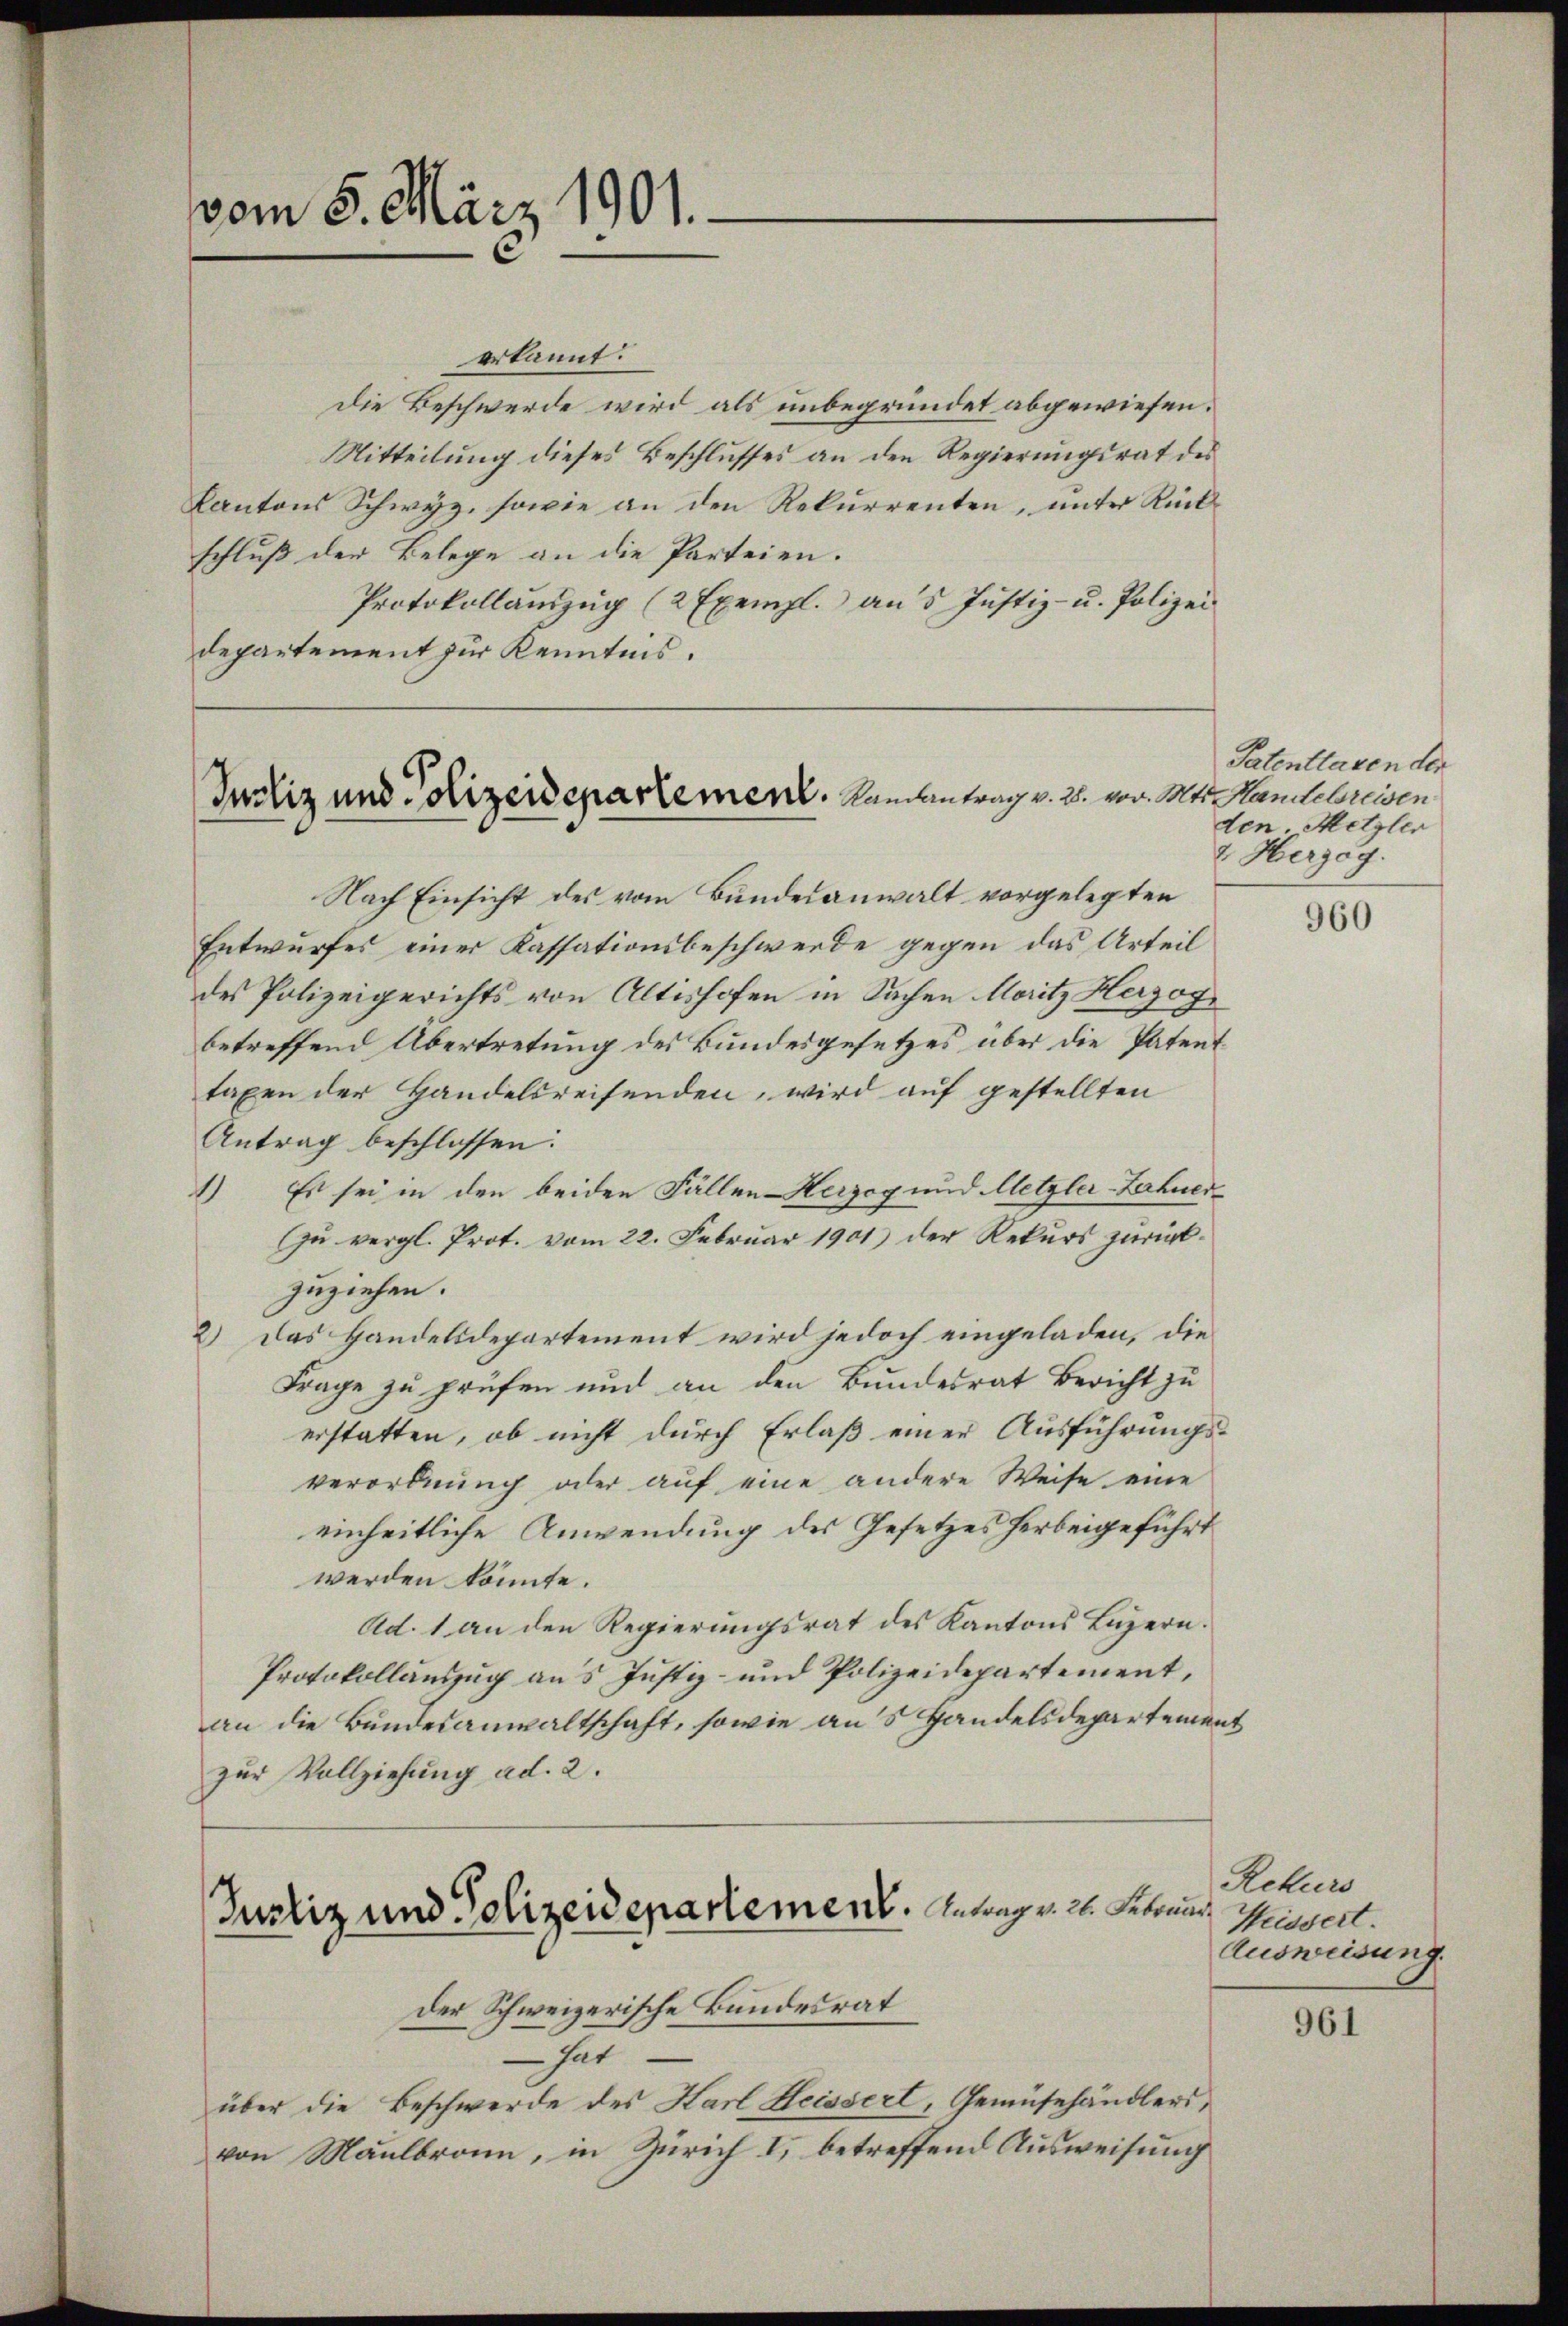
vom 5. März 1901.

erkannt.
die Beschwerde wird als unbegründet abgewiesen.
Mitteilung dieses Beschlusses an den Regierungsrat des
Kantons Schwyz, sowie an den Rekurrenten, ŭnter Rück-
schluß der Belege an die Parteien.
Protokollanzŭg (2 Exempl. an 5 Justiz- u. Polizei
departement zur Kenntnis.

Justiz und Polizeidepartement. Landantrag v. 2. vor. M

Justiz und Polizeidepartement. Antrag v. 2. Febrund

Nach Einsicht des vom Bundesanwalt vorgelegten
Entwurfes einer Kassationsbeschwerde gegen das Urteil
des Polizeigerichts von Altishofen in Sachen Moritz Herzogbetreffend Übertretung des Bundesgesetzes über die Patent
taxen der Handelsreisenden, wird auf gestellten
Antrag beschlossen:
1) Es sei in den beiden Fällen Herzog und Metzler-Fahnerzŭ vergl. Prot. vom 22. Februar 1901) der Rekŭrs zŭrück-
zuziehen.
2.) Das Handelsdepartement wird jedoch eingeladen, die
Frage zu prüfen und an den Bundesrat Bericht zu
erstatten, ob nicht durch Erlaß einer Ausführungsverordnung oder auf eine andere Weise eine
einheitliche Anwendung des Gesetzes herbeigeführt
werden könnte.
Ad. 1 an den Regierungsrat des Kantons Luzern.
Protokollauszug aus Justiz- und Polizeidepartement,
an die Bundesanwaltschaft, sowie ans Handelsdepartement
zur Vollziehung ad. 2.

der Schweizerische Bundesrat
 hat
über die Beschwerde des Karl Heissert, Gemüsehändlers,
von Maulbronn, in Zürich I. betreffend Ausweisung

Patentlagen der
1t. Handebreisen
den. Metzler
2 Herzog.

960

Rekurs
Weissert.
Ausweisung.

961